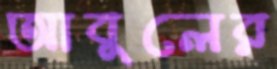
আবুলের